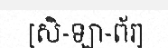
[សិ-ឡា-ព័រ]